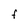
Character: f